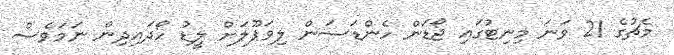
މެޗުގެ 21 ވަނަ މިނިޓުގައި ޖޯޑަން ހެންޑަސަން ލިވަޕޫލަށް ލީޑު ހޯދައިދިން ނަމަވެސް